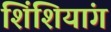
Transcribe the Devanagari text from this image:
शिंशियांग